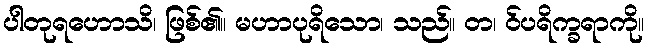
ပါတုရဟောသိ၊ ဖြစ်၏။ မဟာပုရိသော၊ သည်။ တ၊ ဝ်ပရိက္ခရာကို။